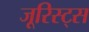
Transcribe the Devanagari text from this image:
जूरिस्ट्स